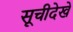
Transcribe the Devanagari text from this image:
सूचीदेखें